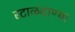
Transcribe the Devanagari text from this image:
रटाळवाण्या